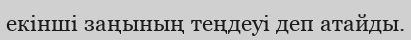
екінші заңының теңдеуі деп атайды.